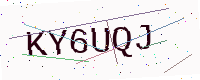
Text: KY6UQJ